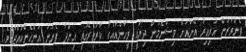
ފެންވަރަން ހުރިއިރު އޭނާއަށް ވިސްނެމުން ދިޔައީ ރީހާންއާއެކު ކާރުތެރޭގައި އިންދާ ފެނުނު އަންހެންކުއްޖާއެވެ.